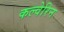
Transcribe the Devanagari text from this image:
कल्वेरिन